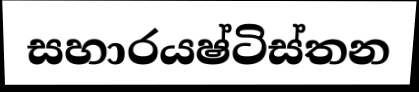
සහාරයෂ්ටිස්තන